Problem: 13 + 31 = ?
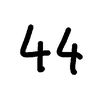
Handwritten answer: 44